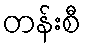
တန်းစီ